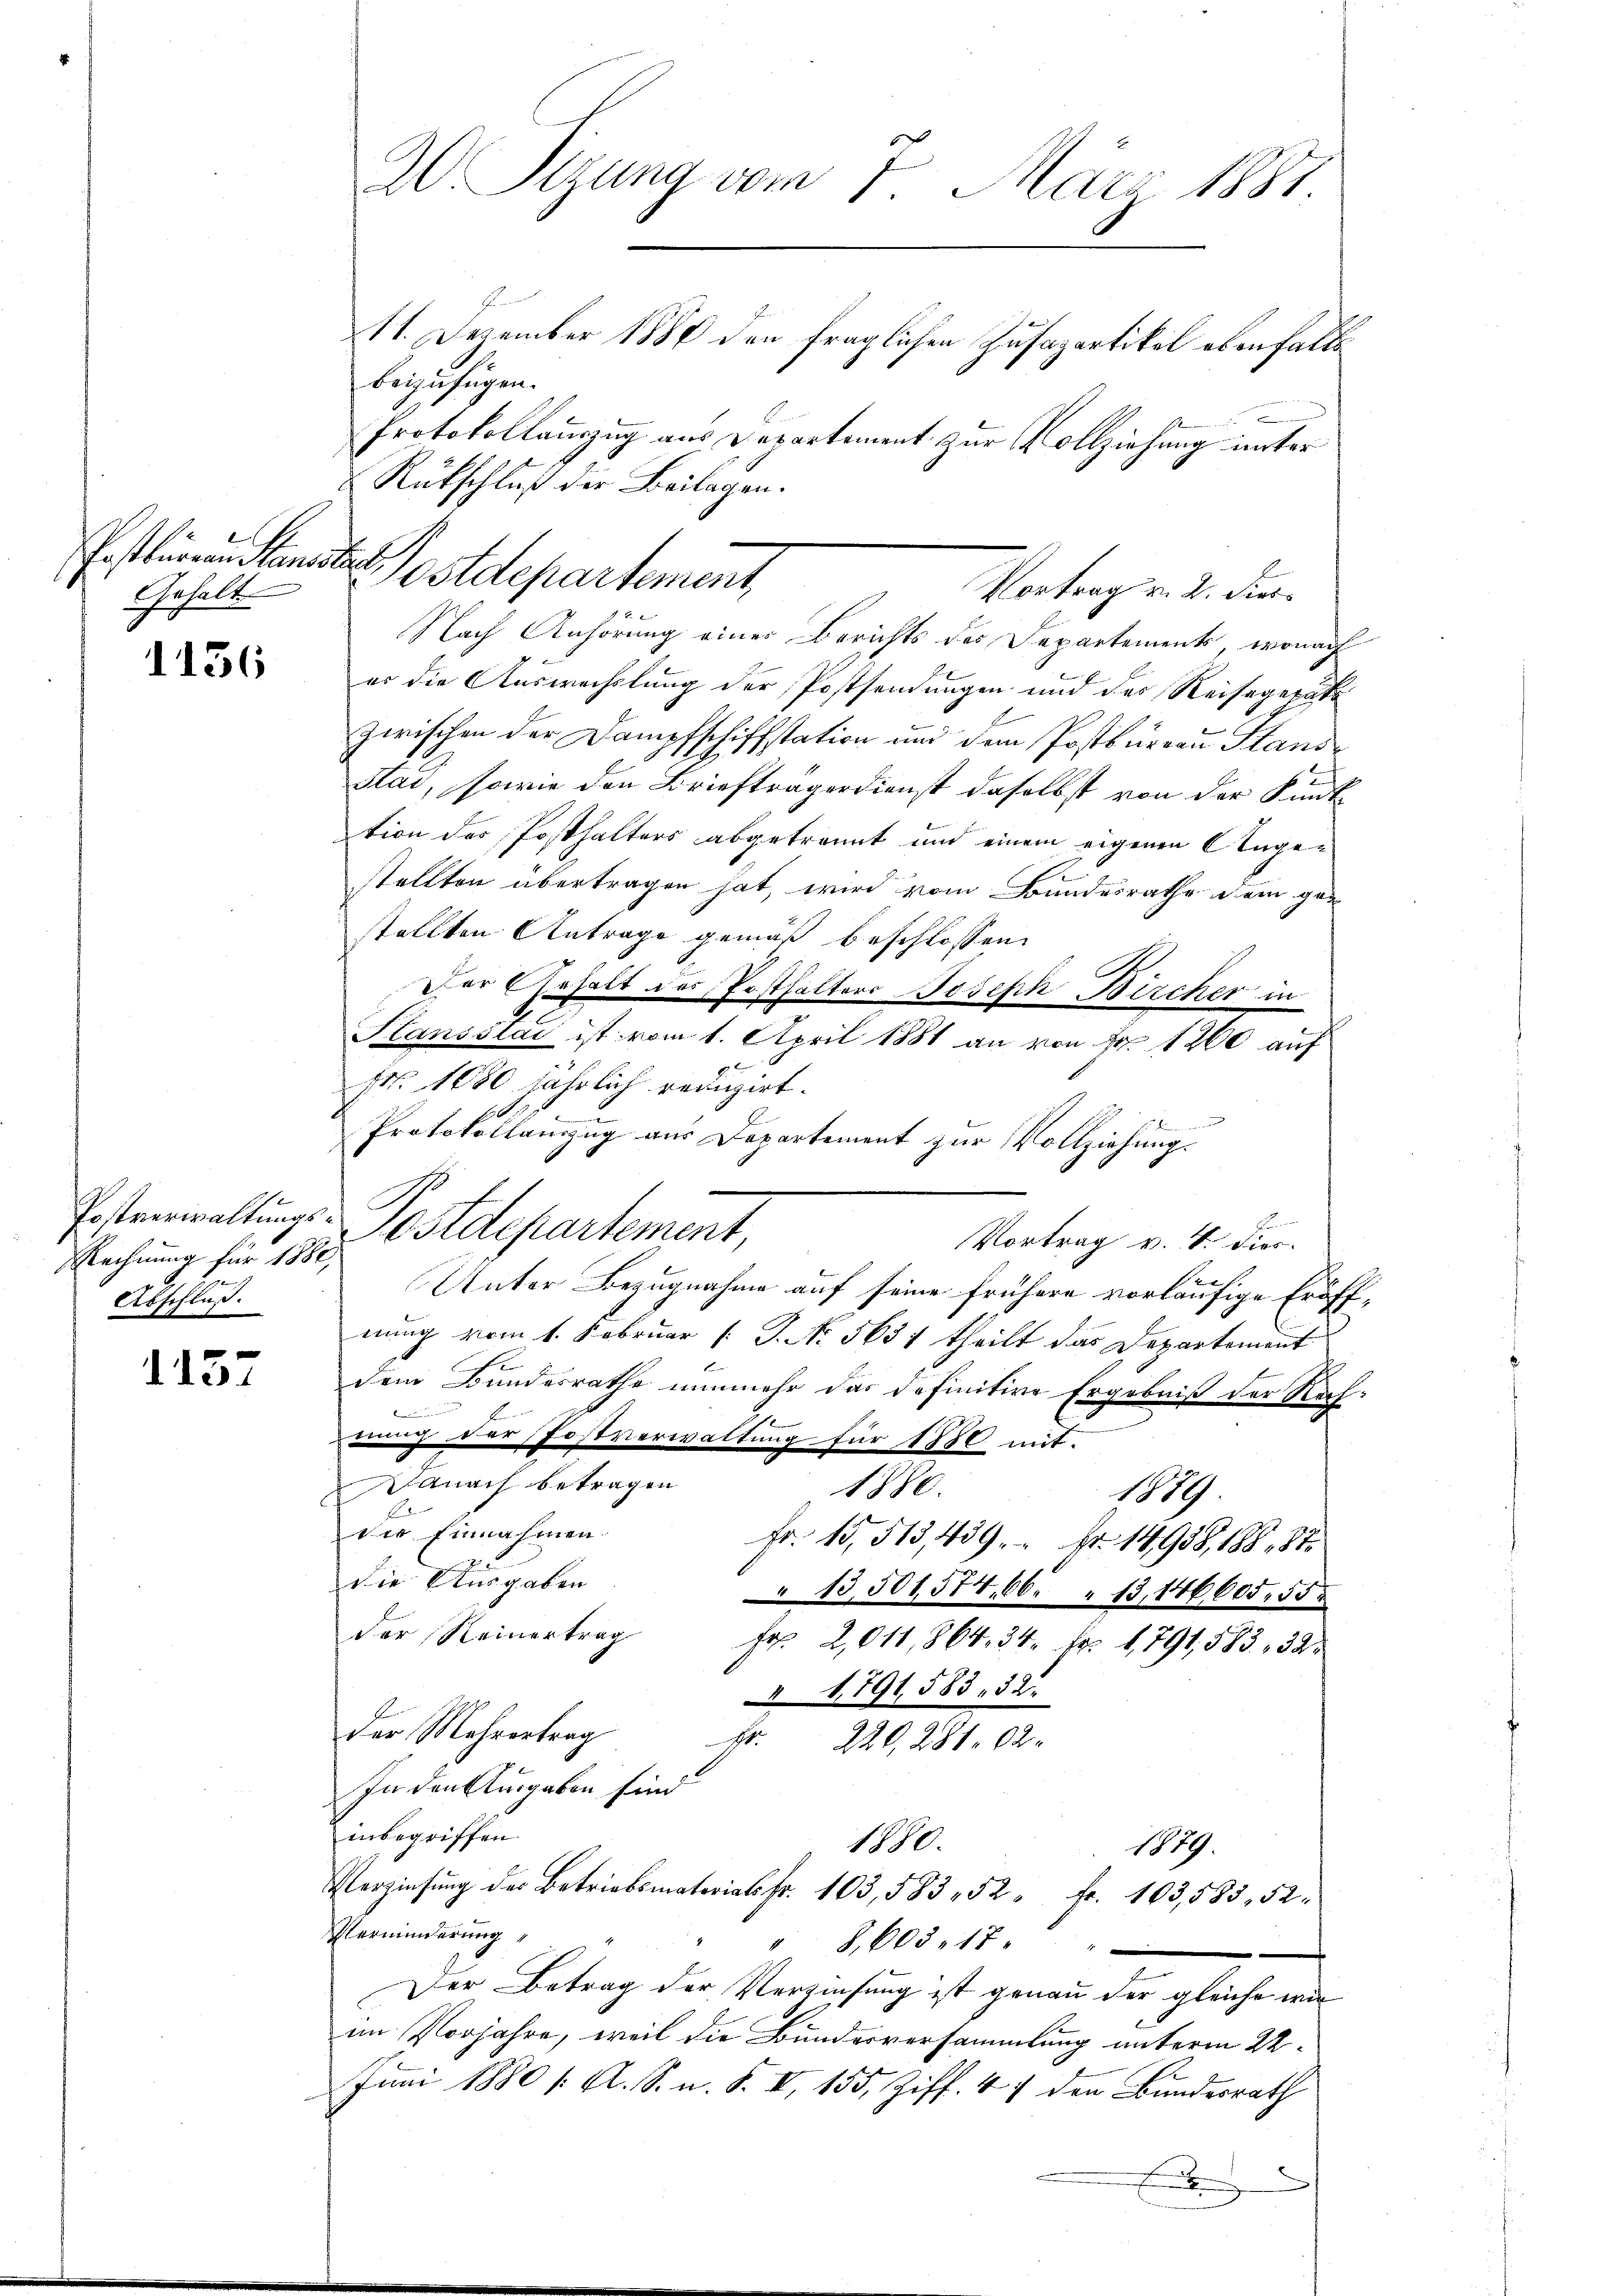
Gehalt

1156

Rechnung für 1880,
Abschluß.

1157

W. Tizung vom 1. März 1887.
11. Dezember 1880 den fraglichen Zusazartikel ebenfalls

beizufügen.
Protokollauszug aus Departement zur Vollziehung unter
Rükschluß der Beilagen.
Nach Anhörung einer Berichts des Departements, wonach
er die Auswechslung der Postsendungen und der Reisegeräte
zwischen der Dampfschiffstation und dem Postbureau Stans
2
Stad, sowie den Briefträgerdienst daselbst von der Santtion des Posthalters abgetrannt und einem eigenen Ange¬
I
stellten übertragen hat, wird vom Bundesrathe dem gestellten Antrage gemäß beschlossen:
Der Gehalt des Posthalters Joseph Bircher in
Slansstai ist vom 1. April 1881 an von Fr. 1260 auf
Fr. 1080 jährlich redigirt.
d
Protokollauszug aus Departement zur Vollziehung.
Postverwaltungs-Postdepartement
Vortrag v. 4. dies
e
Unter Bezugnahme auf seine frühere vorläufige Eröffnung vom 1. Februar [ P. No. 5631 theilt das Departement
dem Bundesrathe nunmehr das definitive Ergebniß der Nach
nach der Postverwaltung für 1850 mit.
Danach betragen
1880.
1879
Die Einnahmen.
Fr. 15,513,439. Fr. 14988, 188, 87
die Ausgaben
13,501574, 66. " 13,146605, 55
der Reinertrag
Fr. 2,011,864. 34. Fr. 1791, 583. 32
 1791, 583, 32.
Der Mehrertrag
Fr. 220, 281. 62
In den Ausgaben sind
inbegriffen.
1880.
1849
Verŭng der Betr. 103. 583. 52 fr. 103,583. 52.
Verminderung
" 8,605. 17.
Der Betrag der Verzinsung ist genau der gleiche wir
im Vorjahre, weil die Bundesversammlung unterm 22.
Juni 1880 /: A. S. n. F. II, 155, Ziff. 47 den Bundesrath
Enndern

Postleren Standten ostdepartement,
Vortrag v. 2. dies